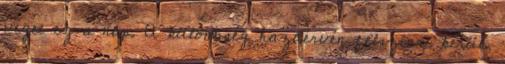
véget ez a nap. A különbség hazaérvén felszínre kerül,